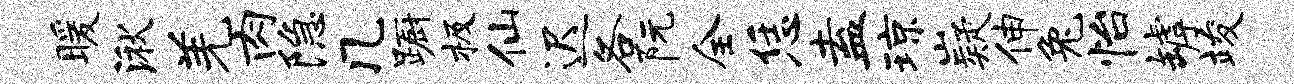
暖湫羌肉隐几蹰极仙迟各阮全恁盍琼嶷伸兔怡罅竣